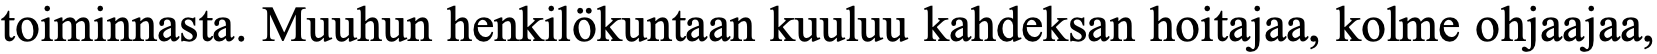
toiminnasta. Muuhun henkilökuntaan kuuluu kahdeksan hoitajaa, kolme ohjaajaa,